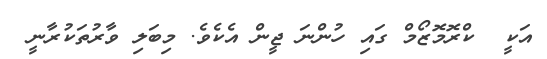
އަކީ  ކްރޮމޮޒޯމް ގައި ހުންނަ ޖީން އެކެވެ. މިބަލި ވާރުތަކުރާނީ